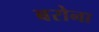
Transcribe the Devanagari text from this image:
बरोना